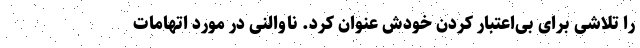
را تلاشی برای بی‌اعتبار کردن خودش عنوان کرد. ناوالنی در مورد اتهامات